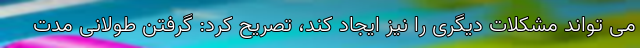
می تواند مشکلات دیگری را نیز ایجاد کند، تصریح کرد: گرفتن طولانی مدت